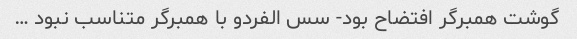
گوشت همبرگر افتضاح بود- سس الفردو با همبرگر متناسب نبود …